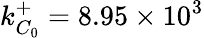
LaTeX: k_{C_{0}}^{+}=8.95\times 10^{3}